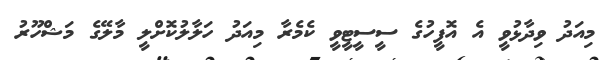
މިއަދު ވިދާޅުވީ އެ އޮފީހުގެ ސީސީޓީވީ ކެމެރާ މިއަދު ހަލާލުކޮށްލީ މާލޭގެ މަޝްހޫރު